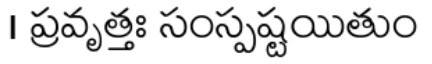
। ప్రవృత్తః సంస్పష్టయితుం